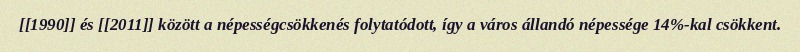
[[1990]] és [[2011]] között a népességcsökkenés folytatódott, így a város állandó népessége 14%-kal csökkent.